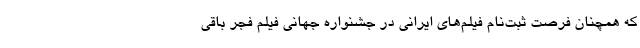
که همچنان فرصت ثبت‌نام فیلم‌های ایرانی در جشنواره جهانی فیلم فجر باقی